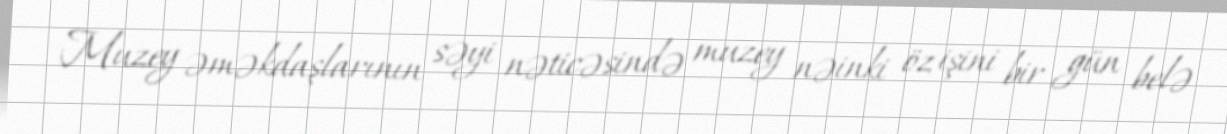
Muzey əməkdaşlarının səyi nəticəsində muzey nəinki öz işini bir gün belə